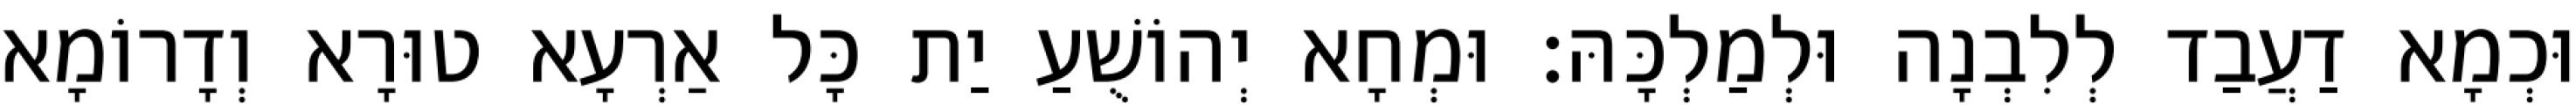
וּכְמָא דַעֲבַד לְלִבְנָה וּלְמַלְכָּהּ׃ וּמְחָא יְהוֹשֻׁעַ יַת כָּל אַרְעָא טוּרָא וְדָרוֹמָא